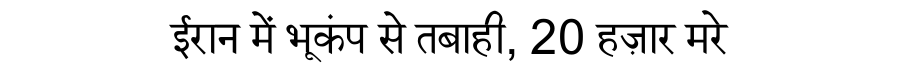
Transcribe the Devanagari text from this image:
ईरान में भूकंप से तबाही, 20 हज़ार मरे